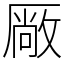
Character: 厰